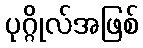
ပုဂ္ဂိုလ်အဖြစ်